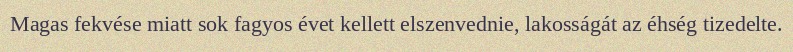
Magas fekvése miatt sok fagyos évet kellett elszenvednie, lakosságát az éhség tizedelte.